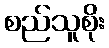
စည်သူစိုး